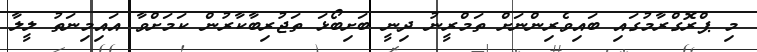
މި ޕްރޮގްރާމުގައި ބައިވެރިންނަށް ތަމްރީނު ދިނީ ބަށިބޯޅަ ތަޖުރިބާކާރުން ކަމަށްވާ އައިމިނަތު ލީލާ